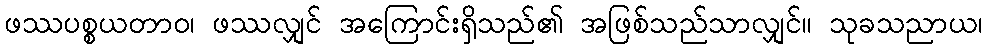
ဖဿပစ္စယတာဝ၊ ဖဿလျှင် အကြောင်းရှိသည်၏ အဖြစ်သည်သာလျှင်။ သုခသညာယ၊